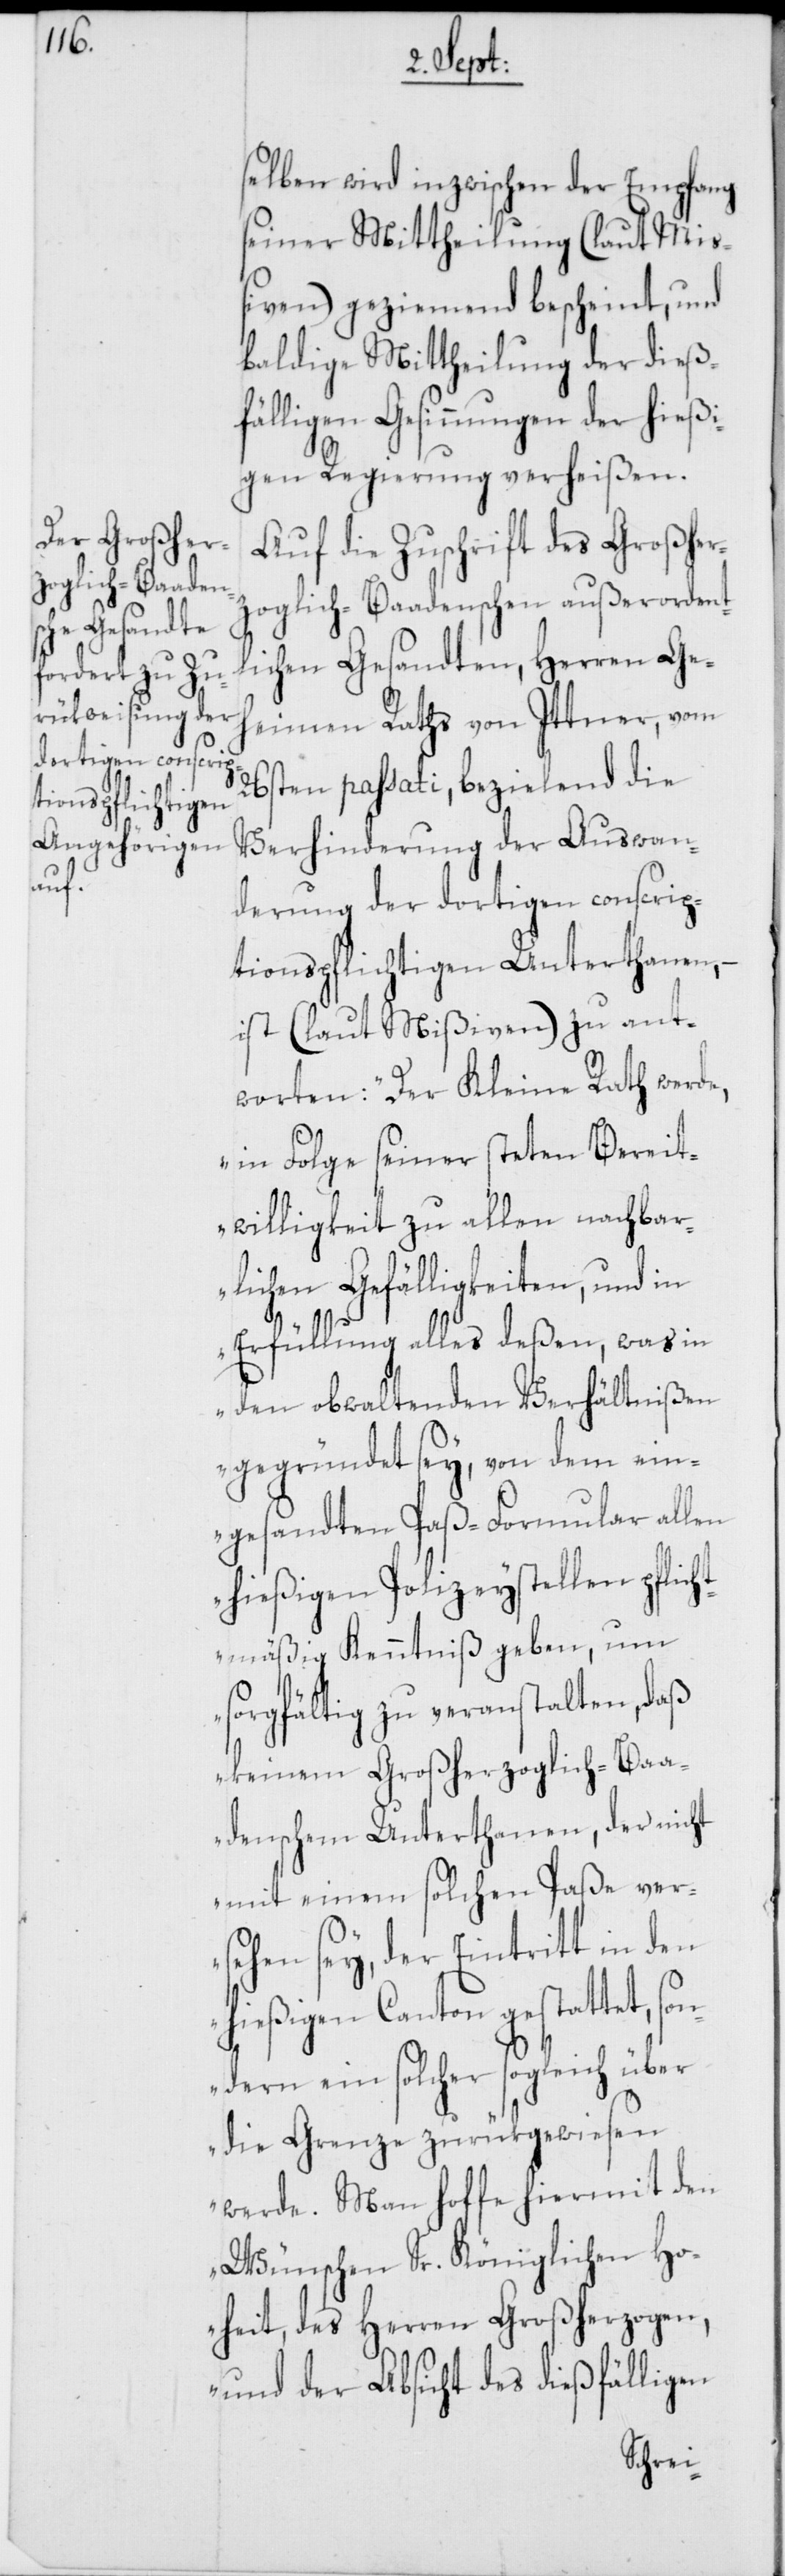
selben wird inzwischen der Empfang
seiner Mittheilung (laut Miß¬
iven) geziemend bescheint, und
baldige Mittheilung der dießf¬
älligen Gesinnungen der hießi¬
gen Regierung verheißen.
Auf die Zuschrift des Großher¬
zoglich-Baadenschen außerordentl¬
ichen Gesandten, Herren Geh¬
eimen Raths von Ittner, vom
26sten passati, bezielend die
Verhinderung der Auswan¬
derung der dortigen conscrip¬
tionspflichtigen Unterthanen,
ist (laut Mißiven) zu ant¬
worten: „Der Kleine Rath werde,
in Folge seiner steten Bereit¬
willigkeit zu allen nachbar¬
lichen Gefälligkeiten, und in
Erfüllung alles deßen, was in
den obwaltenden Verhältnißen
gegründet sey, von dem ein¬
gesandten Paß-Formular allen
hießigen Polizeystellen pflich¬
tmäßig Kenntniß geben, um
sorgfältig zu veranstalten, daß
keinem Großherzoglich-Baa¬
denschem Unterthanen, der nicht
mit einem solchen Paße ver¬
sehen sey, der Eintritt in den
ießigen Canton gestattet,
ndern ein solcher sogleich über
die Grenze zurükgewiesen
werde. Man hoffe hiermit den
Wünschen Sr. Königlichen Ho¬
heit, des Herren Großherzogen,
und der Absicht des dießfälligen
so¬